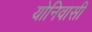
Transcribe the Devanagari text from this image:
योनिवासी